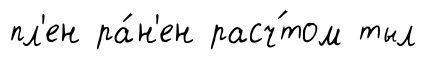
пл'ен ра́н'ен расч́том тыл